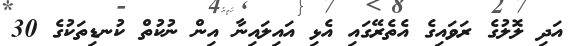
އަދި ލޮލުގެ ރަވައިގެ އެތެރޭގައި އެޅި އައިލައިނާ އިން ނުކުތް ކުނޑިތަކުގެ 30